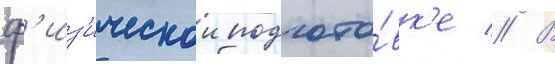
ф'из'ическои подгото́вк'е // В